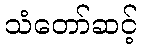
သံတော်ဆင့်